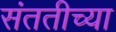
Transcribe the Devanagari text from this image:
संततीच्या